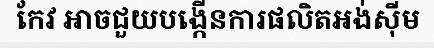
កែវ អាចជួយបង្កើនការផលិតអង់ស៊ីម